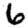
Digit: 6